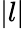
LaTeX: |l|